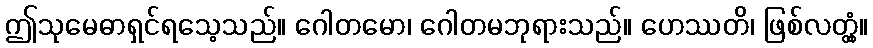
ဤသုမေဓာရှင်ရသေ့သည်။ ဂေါတမော၊ ဂေါတမဘုရားသည်။ ဟေဿတိ၊ ဖြစ်လတ္တံ့။